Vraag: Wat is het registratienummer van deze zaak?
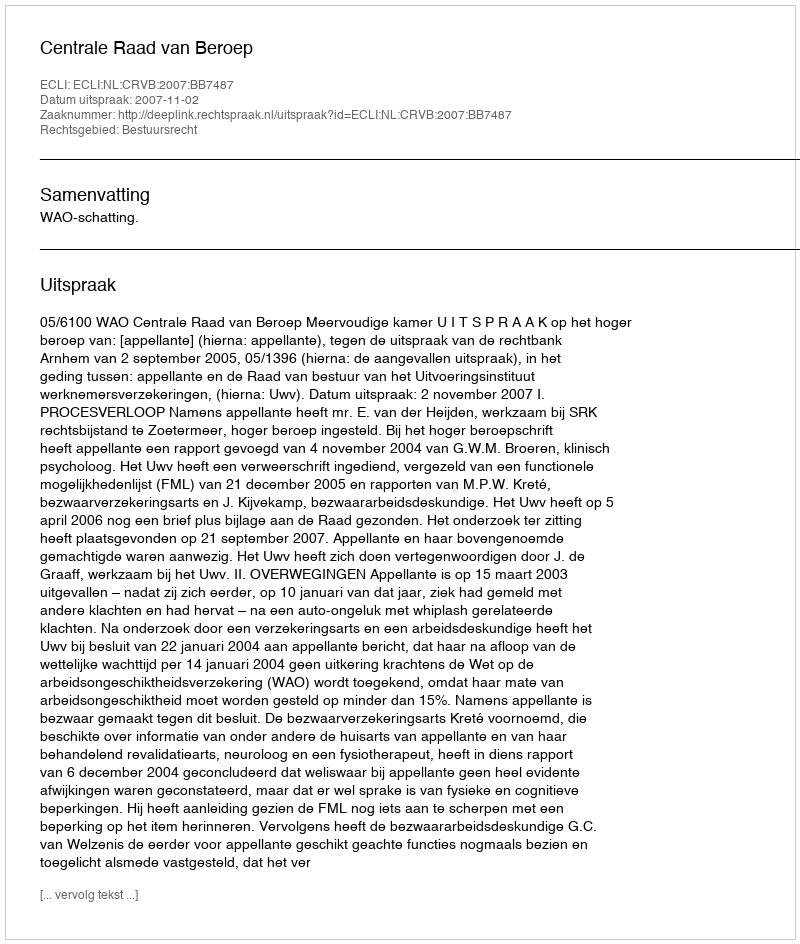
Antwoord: http://deeplink.rechtspraak.nl/uitspraak?id=ECLI:NL:CRVB:2007:BB7487